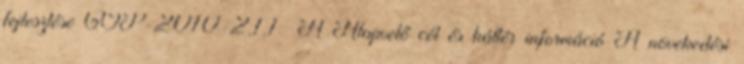
fejlesztése GOP-2010-2.1.1 A Alapvető cél és háttér információ A növekedési